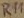
Text: R11